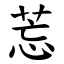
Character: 莣